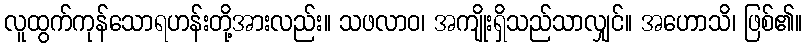
လူထွက်ကုန်သောရဟန်းတို့အားလည်း။ သဖလာဝ၊ အကျိုးရှိသည်သာလျှင်။ အဟောသိ၊ ဖြစ်၏။